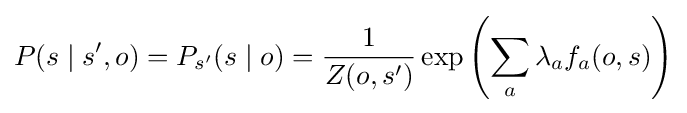
P(s\mid s',o)=P_{s'}(s\mid o)={\frac {1}{Z(o,s')}}\exp \left(\sum _{a}\lambda _{a}f_{a}(o,s)\right)